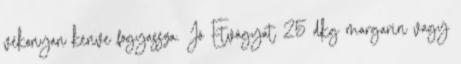
vékonyan kenve fogyassza. Jó Étvágyat 25 dkg margarin vagy